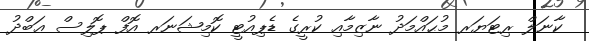
ކާނަލް ރިޓަޔަރ މުޙައްމަދު ނާޒިމާއި ކުރީގެ ޑެޕިއުޓީ ކޮމިޝަނަރ އޮފް ޕޮލިސް ޢަބްދު